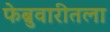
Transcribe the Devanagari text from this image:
फेब्रुवारीतला